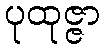
ပုထုဇ္ဇာ